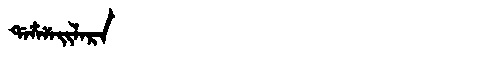
Manchu: ᡩᠠᠴᠶᠠᡳᠯᠠᡵᠠ
Romanization: DACYAILARA